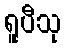
ရူပီသု